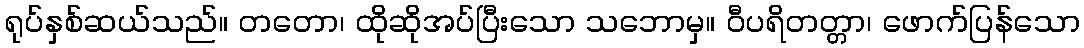
ရုပ်နှစ်ဆယ်သည်။ တတော၊ ထိုဆိုအပ်ပြီးသော သဘောမှ။ ဝီပရိတတ္တာ၊ ဖောက်ပြန်သော